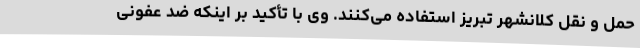
حمل و نقل کلانشهر تبریز استفاده می‌کنند. وی با تأکید بر اینکه ضد عفونی